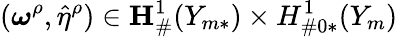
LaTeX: (\boldsymbol{\omega}^{\rho},\hat{\eta}^{\rho})\in{\mathbf{H}}_{\# }^{1}(Y_{m*})\times H_{\# 0*}^{1}(Y_{m})